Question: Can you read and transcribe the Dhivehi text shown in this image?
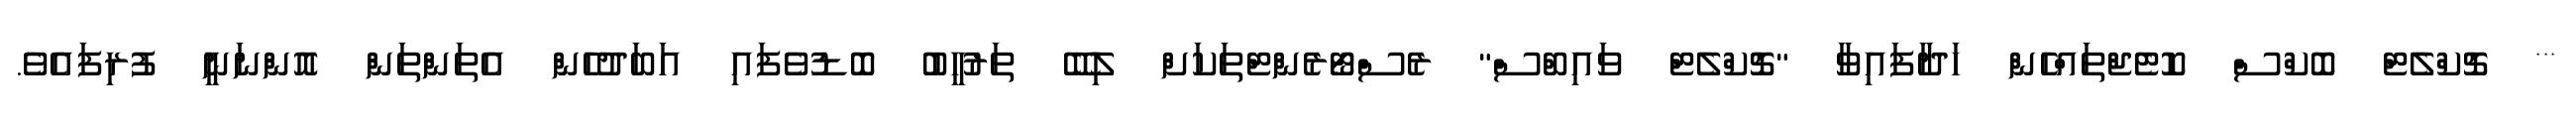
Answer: *** ޗޮކްލެޓް ބޮކްސް ކޮޓެޖްތައްހެން ހަދާފައިވާ "ޗޮކްލެޓް ވައިބްސް" ރެސްޓޯރެންޓްތަކަށް ލިބޭ ތަރުހީބު ބޮޑުވެފައި އަބަދުހެން އެތަންތަން އޮންނަނީ ފުރިފައެވެ.